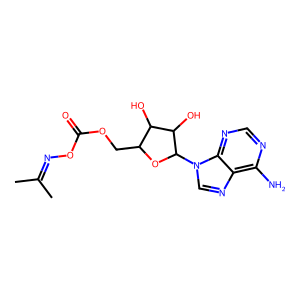
SMILES: CC(C)=NOC(=O)OCC1OC(n2cnc3c(N)ncnc32)C(O)C1O
Inhibits HIV replication: No